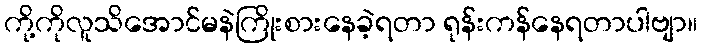
ကို့ကိုလူသိအောင်မနဲကြိုးစားနေခဲ့ရတာ ရုန်းကန်နေရတာပါဗျာ။